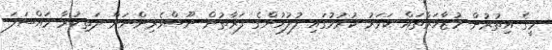
މީގެ އިތުރުން މުޒާހަރާތައް ކަވަރު ކުރުމުގައި ފުލުހުންގެ ފަރާތުން ނޫސްވެރިންނަށް ދަތިކުރާ މައްސަލަ